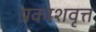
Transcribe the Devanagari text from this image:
प्रकाशवृत्त